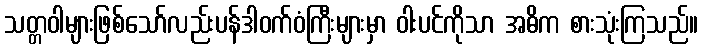
သတ္တဝါများဖြစ်သော်လည်းပန်ဒါဝက်ဝံကြီးများမှာ ဝါးပင်ကိုသာ အဓိက စားသုံးကြသည်။